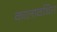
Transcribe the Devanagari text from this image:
कालावधित